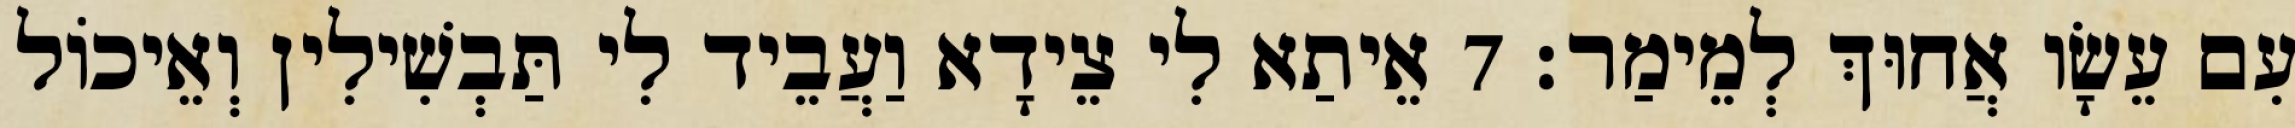
עִם עֵשָׂו אֲחוּךְ לְמֵימַר׃ 7 אֵיתַא לִי צֵידָא וַעֲבֵיד לִי תַּבְשִׁילִין וְאֵיכוֹל